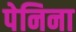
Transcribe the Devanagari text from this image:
पेनिना